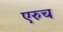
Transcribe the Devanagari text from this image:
एरुच